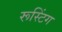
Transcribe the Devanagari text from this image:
रूस्टिंग